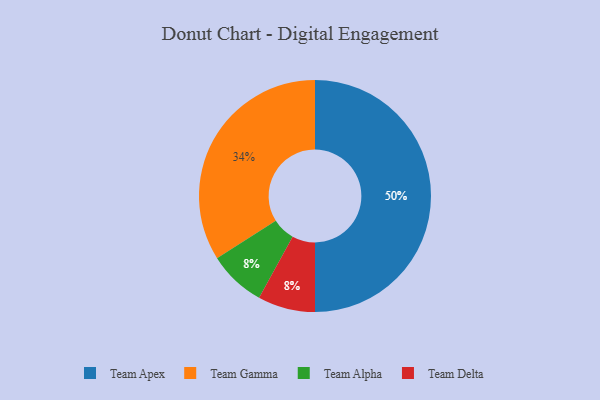
{"axis": {"x": "Category", "y": "Percentage"}, "legend": ["Team Alpha", "Team Apex", "Team Delta", "Team Gamma"], "data": [{"x": "Team Apex", "y": 50, "type": "Team Apex"}, {"x": "Team Gamma", "y": 34, "type": "Team Gamma"}, {"x": "Team Alpha", "y": 8, "type": "Team Alpha"}, {"x": "Team Delta", "y": 8, "type": "Team Delta"}]}